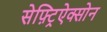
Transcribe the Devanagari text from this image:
सेफ़्ट्रिऐक्सोन